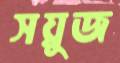
সয়ুজ